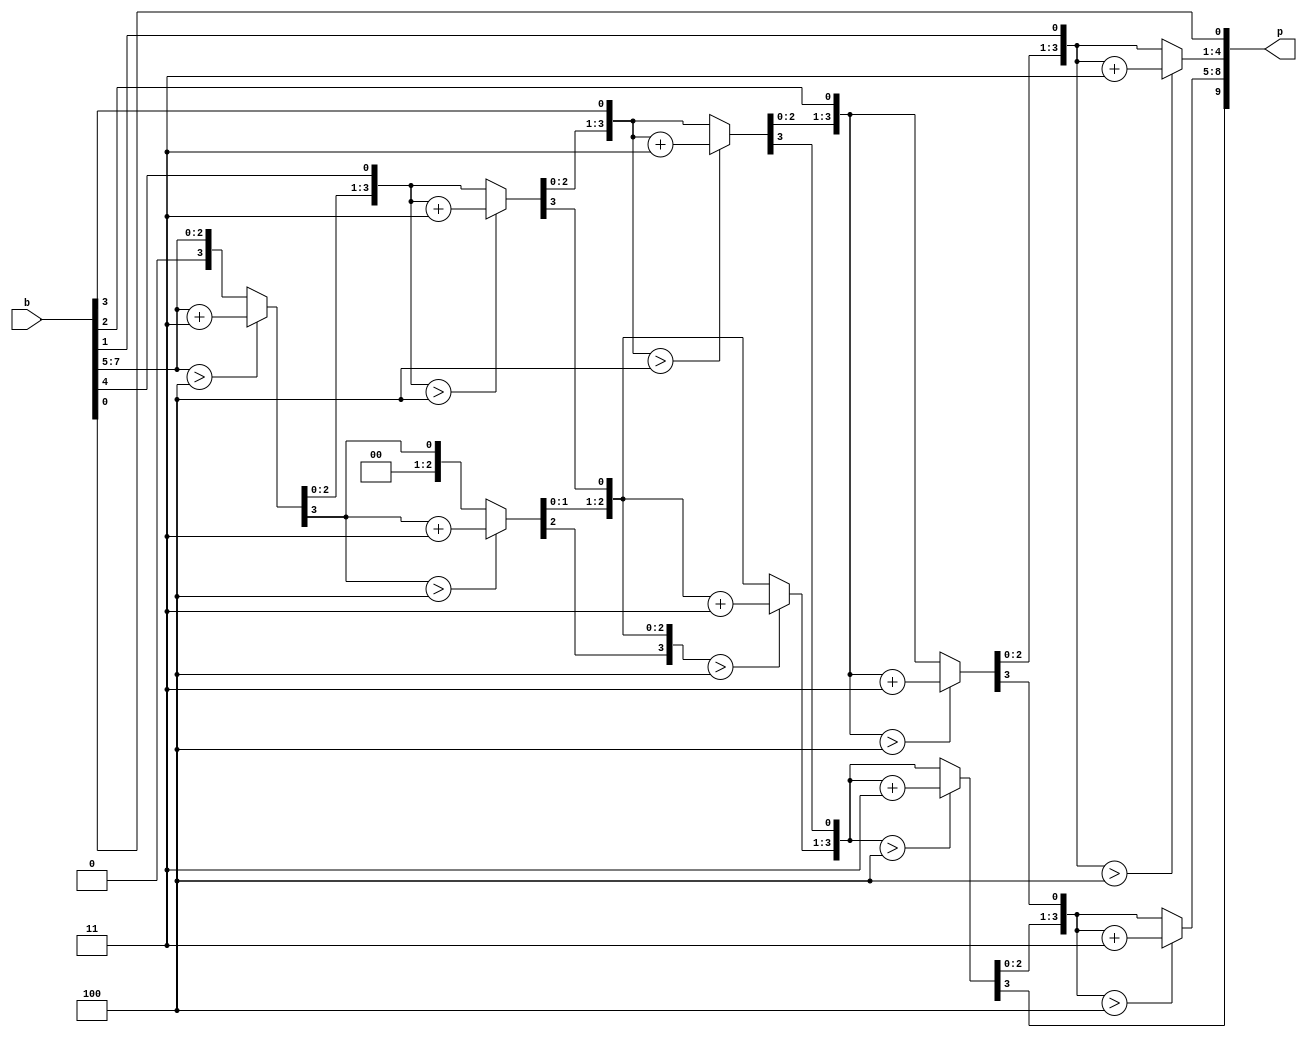
module binbcd8(
  input wire [7:0] b,
  output reg [9:0] p
);
  reg [17:0] z;
  integer i;
  always @ (*)
  begin
    for(i=0;i<=17;i=i+1)
	  z[i] = 0;
	  z[10:3] = b;
	  repeat(5)
	  begin
	    if(z[11:8]>4)
		  z[11:8] = z[11:8] + 3;
		if(z[15:12]>4)
		  z[15:12] = z[15:12] + 3;
		  z[17:1] = z[16:0];
	  end
      p = z[17:8];
  end
endmodule